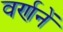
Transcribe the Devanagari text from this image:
वर्णनें